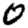
Digit: 0